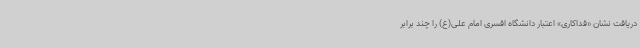
دریافت نشان «فداکاری» اعتبار دانشگاه افسری امام علی(ع) را چند برابر